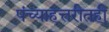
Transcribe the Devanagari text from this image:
पंच्याहत्तरीतही